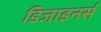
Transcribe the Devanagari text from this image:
डिजा़इनर्स